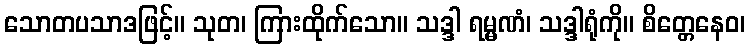
သောတပသာဒဖြင့်။ သုတ၊ ကြားထိုက်သော။ သဒ္ဒါ ရမ္မဏံ၊ သဒ္ဒါရုံကို။ စိတ္တေနေဝ၊